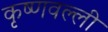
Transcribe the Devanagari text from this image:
कृष्णवल्ली